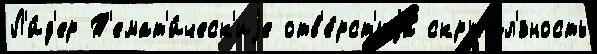
Л'и́д'ер Т'емат'и́ческ'иjе отв'е́рст'иjа скрупул'́зность